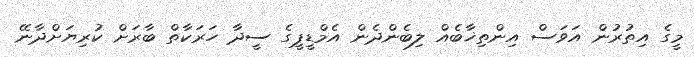
މީގެ އިތުރުން އަވަސް އިންތިޚާބެއް ލިބެންދެން އެމްޑީޕީގެ ސީދާ ހަރަކާތް ބާރަށް ކުރިޔަށްދާނޭ